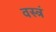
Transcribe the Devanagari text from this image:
वस्त्रं